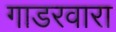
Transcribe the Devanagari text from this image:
गाडरवारा